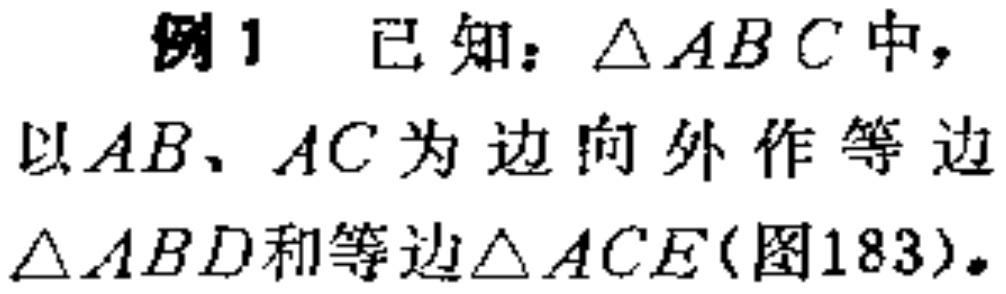
例1 已知：$\triangle ABC$中，以$AB、AC$为边向外作等边$\triangle ABD$和等边$\triangle ACE$(图183)。